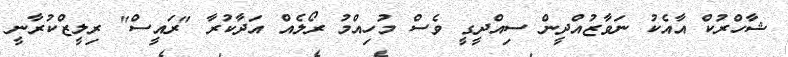
ޝާހްރުކް އާއެކު ނަވާޒުއްދީން ސިއްދީގީ ވެސް މުހިއްމު ރޯލެއް އަދާކުރާ "ރައީސް" ރިލީޒްކުރާނީ